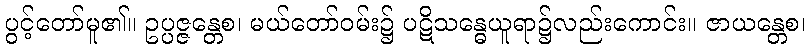
ပွင့်တော်မူ၏။ ဥပ္ပဇ္ဇန္တေစ၊ မယ်တော်ဝမ်း၌ ပဋိသန္ဓေယူရာ၌လည်းကောင်း။ ဇာယန္တေစ၊